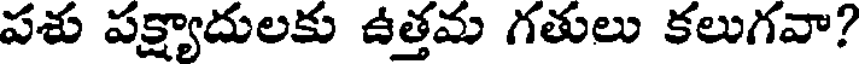
పశు పక్ష్యాదులకు ఉత్తమ గతులు కలుగవా?